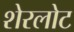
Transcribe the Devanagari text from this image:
शेरलोट